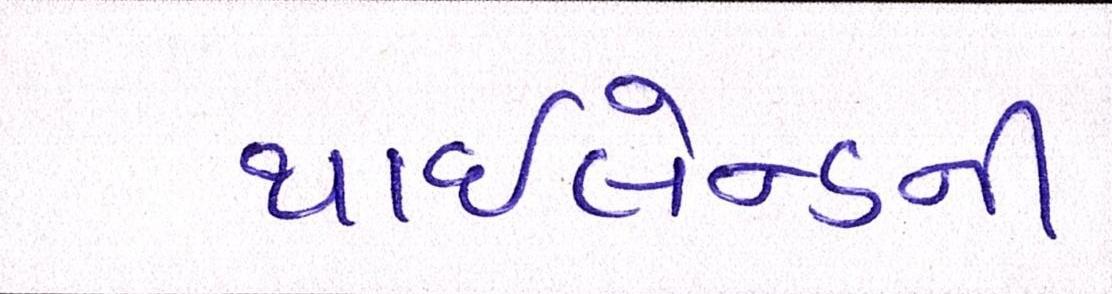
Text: થાઇલેન્ડની